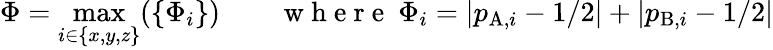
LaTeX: \Phi=\operatorname*{max}_{i\in\{ x,y,z\} }(\{ \Phi_{i}\} )\qquad\mathrm{~w~h~e~r~e~}~\Phi_{i}=|p_{\mathrm{A},i}-1/2|+|p_{\mathrm{B},i}-1/2|